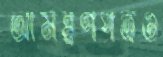
আমন্ত্রণপত্রও